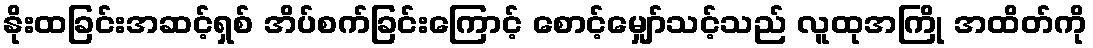
နိုးထခြင်းအဆင့်ရှစ် အိပ်စက်ခြင်းကြောင့် စောင့်မျှော်သင့်သည် လူထုအကြို အထိတ်ကို